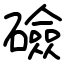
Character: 礆